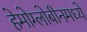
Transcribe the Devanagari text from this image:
हेमोग्लोबीनमध्ये